Report of the Indian Hemp Drugs Commission, 1894-1895 - Volume IV
Year: 1894
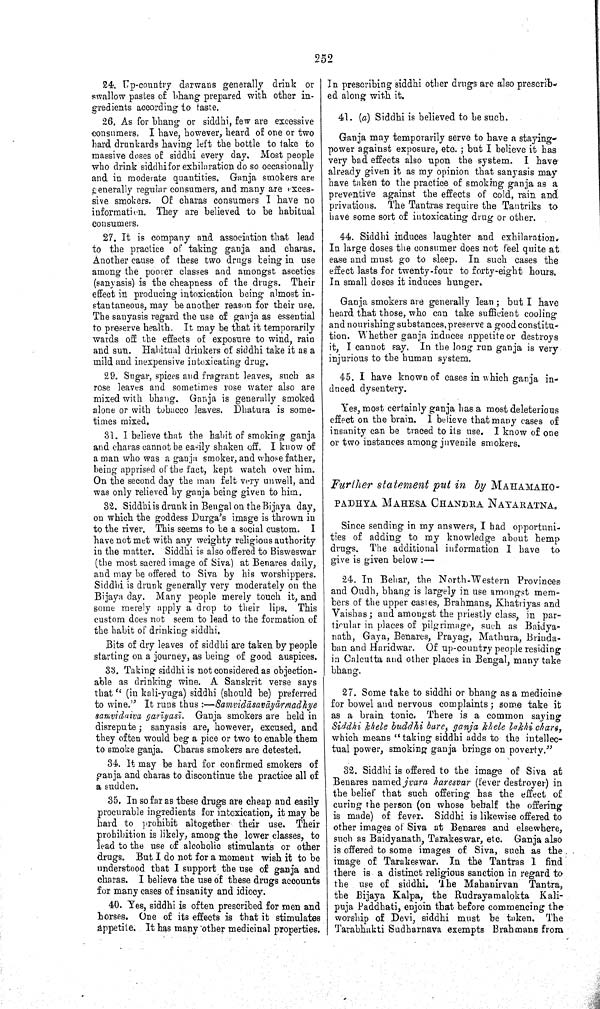
252
24. Up-country darwans generally drink or
swallow pastes of bhang prepared with other in
gredients according to taste.
26. As for bhang or siddhi, few are excessive
consumers. I have, however, heard of one or two
hard drunkards having left the bottle to take to
massive doses of siddhi every day. Most people
who drink siddhi for exhilaration do so occasionally
and in moderate quantities. Ganja smokers are
generally regular consumers, and many are exces
sive smokers. Of charas consumers I have no
information. They are believed to be habitual
consumers.
27. It is company and association that lead
to the practice of taking ganja and charas.
Another cause of these two drugs being in use
among the poorer classes and amongst ascetics
(sanyasis) is the cheapness of the drugs. Their
effect in producing intoxication being almost in
stantaneous, may be another reason for their use.
The sanyasis regard the use of ganja as essential
to preserve health. It may be that it temporarily
wards off the effects of exposure to wind, rain
and sun. Habitual drinkers of siddhi take it as a
mild and inexpensive intoxicating drug.
29. Sugar, spices and fragrant leaves, such as
rose leaves and sometimes rose water also are
mixed with bhang. Ganja is generally smoked
alone or with tobacco leaves. Dhatura is some
times mixed.
31. I believe that the habit of smoking ganja
and charas cannot be easily shaken off. I know of
a man who was a ganja smoker, and whose father,
being apprised of the fact, kept watch over him.
On the second day the man felt very unwell, and
was only relieved by ganja being given to him.
32. Siddhi is drunk in Bengal on the Bijaya day,
on which the goddess Durga's image is thrown in
to the river. This seems to be a social custom.
I
have not met with any weighty religious authority
in the matter. Siddhi is also offered to Bisweswar
(the most sacred image of Siva) at Benares daily,
and may be offered to Siva by his worshippers.
Siddhi is drunk generally very moderately on the
Bijaya day. Many people merely touch it, and
some merely apply a drop to their lips. This
custom does not seem to lead to the formation of
the habit of drinking siddhi.
Bits of dry leaves of siddhi are taken by people
starting on a journey, as being of good auspices.
33. Taking siddhi is not considered as objection
able as drinking wine. A Sanskrit verse says
that "(in kali-yuga) siddhi (should be) preferred
to wine." It runs
thus:—Samvidāsavāyārmadhye
samvidaiva garīyasī.
Ganja smokers are held in
disrepute; sanyasis are, however, excused, and
they often would beg a pice or two to enable them
to smoke ganja. Charas smokers are detested.
34. It may be hard for confirmed smokers of
ganja and charas to discontinue the practice all of
a sudden.
35. In so far as these drugs are cheap and easily
procurable ingredients for intoxication, it may be
hard to prohibit altogether their use. Their
prohibition is likely, among the lower classes, to
lead to the use of alcoholic stimulants or other
drugs. But I do not for a moment wish it to be
understood that I support the use of ganja and
charas. I believe the use of these drugs accounts
for many cases of insanity and idiocy.
40. Yes, siddhi is often prescribed for men and
horses. One of its effects is that it stimulates
appetite. It has many other medicinal properties.
In prescribing siddhi other drugs are also prescrib
ed along with it.
41. (a) Siddhi is believed to be such.
Ganja may temporarily serve to have a staying-
power against exposure, etc.; but I believe it has
very bad effects also upon the system. I have
already given it as my opinion that sanyasis may
have taken to the practice of smoking ganja as a
preventive against the effects of cold, rain and
privations. The Tantras require the Tantriks to
have some sort of intoxicating drug or other.
44. Siddhi induces laughter and exhilaration.
In large doses the consumer does not feel quite at
ease and must go to sleep. In such cases the
effect lasts for twenty-four to forty-eight hours.
In small doses it induces hunger.
Ganja smokers are generally lean; but I have
heard that those, who can take sufficient cooling
and nourishing substances, preserve a good constitu
tion. Whether ganja induces appetite or destroys
it, I cannot say. In the long run ganja is very
injurious to the human system.
45. I have known of cases in which ganja in
duced dysentery.
Yes, most certainly ganja has a most deleterious
effect on the brain. I believe that many cases of
insanity can be traced to its use. I know of one
or two instances among juvenile smokers.
Further statement put in by MAHAMAHO-
PADHYA MAHESA CHANDRA NAYARATNA.
Since sending in my answers, I had opportuni
ties of adding to my knowledge about hemp
drugs. The additional information I have
to
give is given below:—
24. In Behar, the North-Western Provinces
and Oudh, bhang is largely in use amongst mem
bers of the upper castes, Brahmans, Khatriyas and
Vaishas; and amongst the priestly class, in par
ticular in places of pilgrimage, such as Baidya-
nath, Gaya, Benares, Prayag, Mathura, Brinda-
ban and Haridwar. Of up-country people residing
in Calcutta and other places in Bengal, many take
bhang.
27. Some take to siddhi or bhang as a medicine
for bowel and nervous complaints; some take it
as a brain tonic. There is a common saying
Siddhi khele buddhi bare, ganja khele lakhi chare,
which means "taking siddhi adds to the intellec
tual power, smoking ganja brings on poverty."
32. Siddhi is offered to the image of Siva at
Benares named jvara haresvar (fever destroyer) in
the belief that such offering has the effect of
curing the person (on whose behalf the offering
is made) of fever. Siddhi is likewise offered to
other images of Siva at Benares and elsewhere,
such as Baidyanath, Tarakeswar, etc. Ganja also
is offered to some images of Siva, such as the
image of Tarakeswar. In the Tantras I find
there is a distinct religious sanction in regard to
the use of siddhi. The Mahanirvan Tantra,
the Bijaya Kalpa, the Rudrayamalokta Kali-
puja Paddhati, enjoin that before commencing the
worship of Devi, siddhi must be taken. The
Tarabhakti Sudharnava exempts Brahmans from